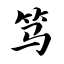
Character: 笃